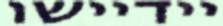
יידיישו